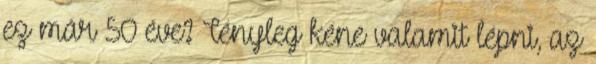
ez már 50 éve? Tényleg kéne valamit lépni, az